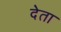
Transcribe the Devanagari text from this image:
देेता